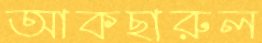
আকছারুল